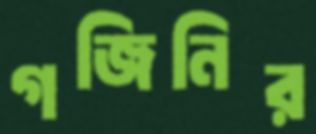
গজিনির